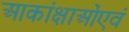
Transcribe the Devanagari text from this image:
आकांक्षाओंएवं